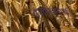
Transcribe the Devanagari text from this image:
अजमावणारी